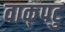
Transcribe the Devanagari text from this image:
वाक्‌पटु